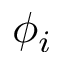
\phi _ { i }